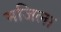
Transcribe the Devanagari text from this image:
मजिला